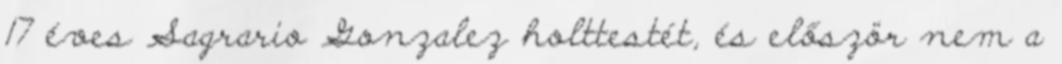
17 éves Sagrario Gonzalez holttestét, és először nem a